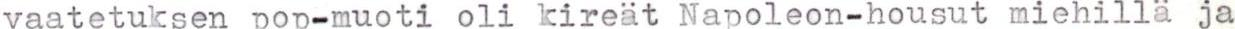
vaatetuksen pop-muoti oli kireät Napoleon-housut miehillä ja